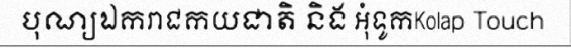
បុណ្យឯករាជកយជាតិ និង អុំទូកKolap Touch